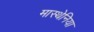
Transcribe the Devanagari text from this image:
मास्थेनिया